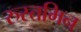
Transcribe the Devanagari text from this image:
रुस्तमिन